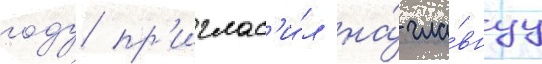
году пр'иглас'и́л на́ гла́внуу